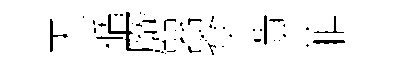
天循厥器傘潰菲